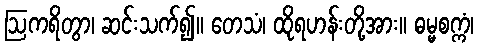
ဩကရိတွာ၊ ဆင်းသက်၍။ တေသံ၊ ထိုရဟန်းတို့အား။ ဓမ္မစက္ကံ၊